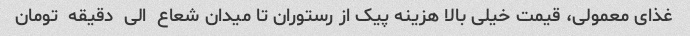
غذای معمولی، قیمت خیلی بالا هزینه پیک از رستوران تا میدان شعاع  الی  دقیقه  تومان